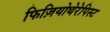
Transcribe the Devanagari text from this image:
फिज़ियोथेरेपिस्ट